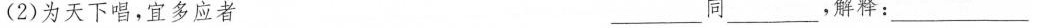
(2)为天下唱，宜多应者 ___同___，解释：___